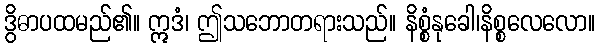
ဒွိဓာပထမည်၏။ ဣဒံ၊ ဤသဘောတရားသည်။ နိစ္စံနုခေါ၊နိစ္စလေလော။